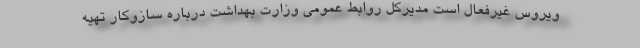
ویروس غیرفعال است مدیرکل روابط عمومی وزارت بهداشت درباره سازوکار تهیه